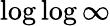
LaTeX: \log\log\infty